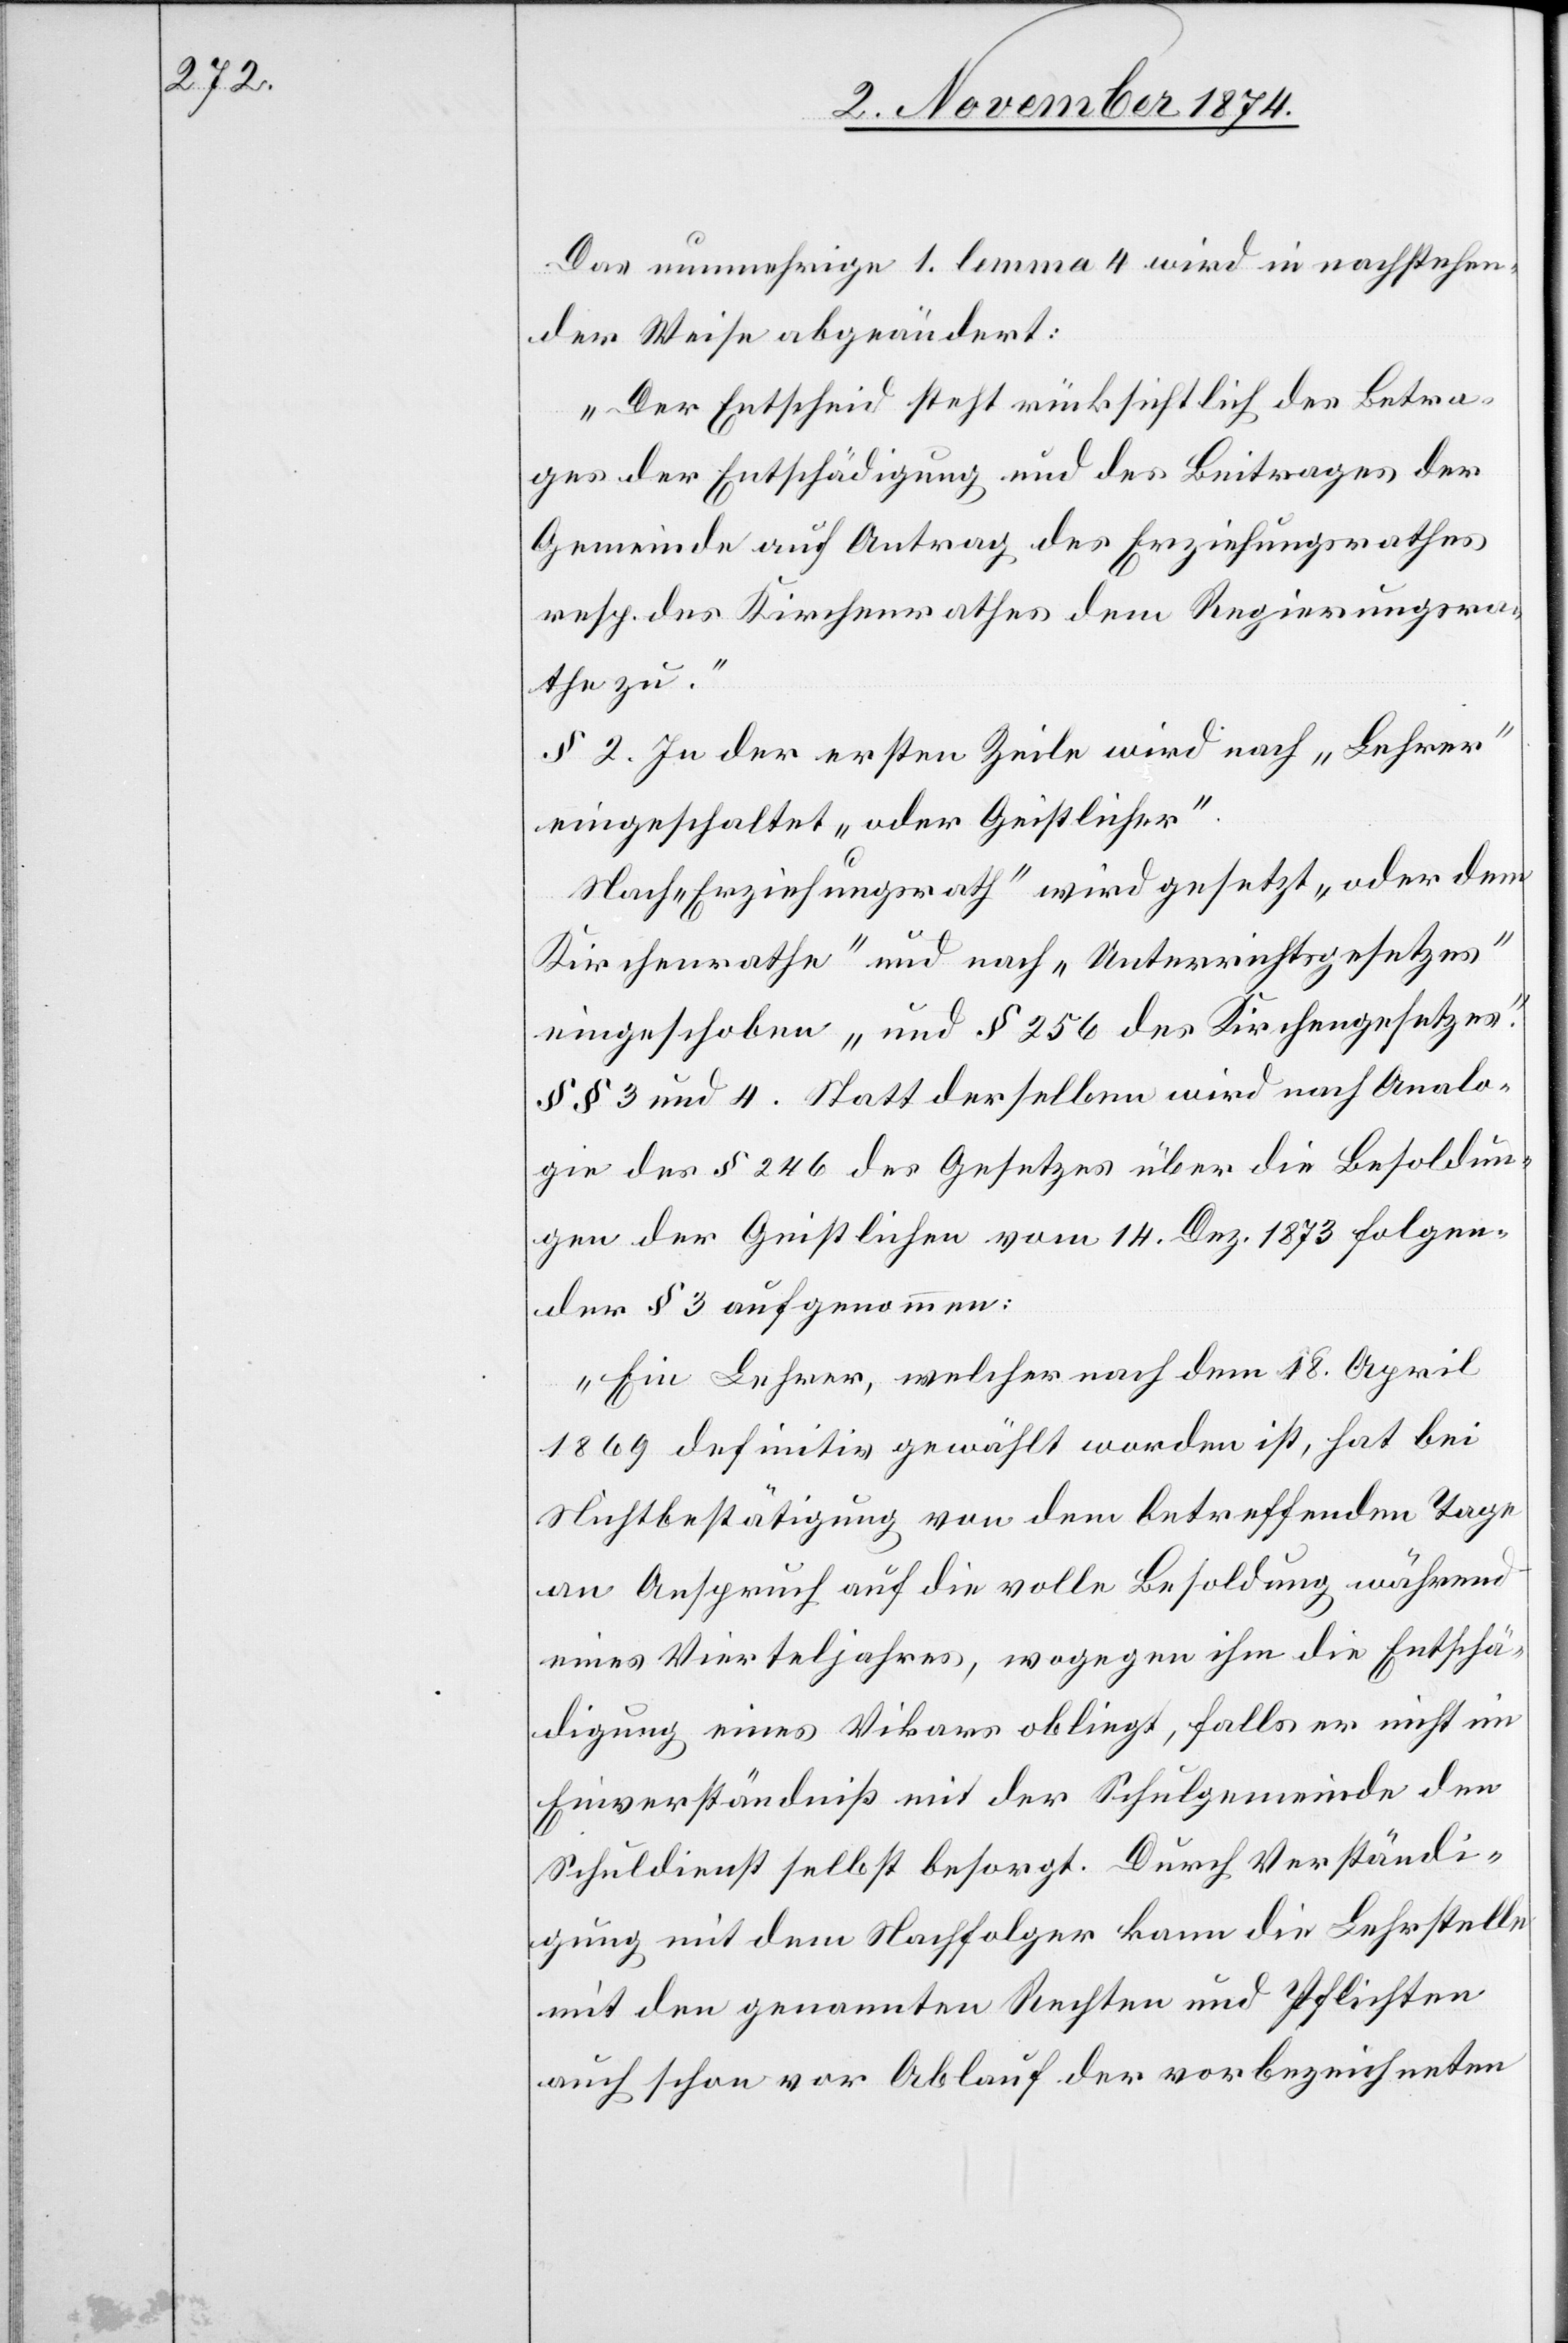
Das nunmehrige 1. lemma 4 wird in nachstehen¬
der Weise abgeändert:
„Der Entscheid steht rücksichtlich des Betra¬
ges der Entschädigung und des Beitrages der
Gemeinde auf Antrag des Erziehungsrathes
resp. des. Kirchenrathes dem Regierungsra¬
the zu.
§ 2. In der ersten Zeile wird nach „Lehrer“
eingeschaltet „oder Geistlicher“.
Nach „Erziehungsrath“ wird gesetzt „oder dem
Kirchenrathe“ und nach „Unterrichtsgesetzes“
eingeschoben „und § 256 des Kirchengesetzes.“
§§ 3 und 4. Statt derselben wird nach Analo¬
gie des § 246 des Gesetzes über die Besoldun¬
gen der Geistlichen vom 14. Dez. 1873 folgen¬
der § 3 aufgenommen:
„Ein Lehrer, welcher nach dem 18. April
1869 definitiv gewählt worden ist, hat bei
Nichtbestätigung von dem betreffenden Tage
an Anspruch auf die volle Besoldung während
eines Vierteljahres, wogegen ihm die Entschä¬
digung eines Vikars obliegt, falls er nicht im
Einverständniß mit der Schulgemeinde den
Schuldienst selbst besorgt. Durch Verständi¬
gung mit dem Nachfolger kann die Lehrstelle
mit den genannten Rechten und Pflichten
auch schon vor Ablauf der vorbezeichneten